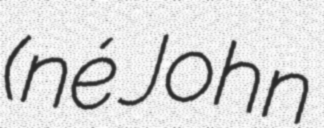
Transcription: (né John